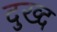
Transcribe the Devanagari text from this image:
दुख्द